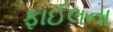
ફાઈલના